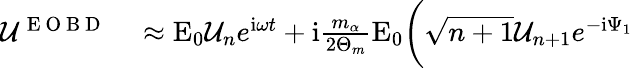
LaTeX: \begin{array}{rl}{\mathcal{U}^{\mathrm{~E~O~B~D~}}}&{{}\approx\mathrm{E}_{0}\mathcal{U}_{n}e^{\mathrm{i}\omega t}+\mathrm{i}\frac{m_{\alpha}}{2\Theta_{m}}\mathrm{E}_{0}\bigg(\sqrt{n+1}\mathcal{U}_{n+1}e^{-\mathrm{i}\Psi_{1}}}\end{array}